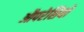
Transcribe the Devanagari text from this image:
औपरेशियों